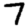
Digit: 7